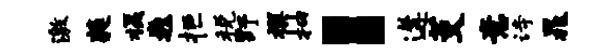
激蕤摄巍拒税野撰抽：遘茭意诗晁